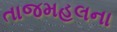
તાજમહલના